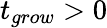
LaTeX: t_{grow}>0